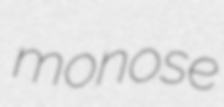
monose